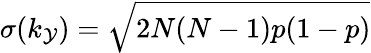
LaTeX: \sigma(k_{\mathcal{Y}})=\sqrt{2N(N-1)p(1-p)}